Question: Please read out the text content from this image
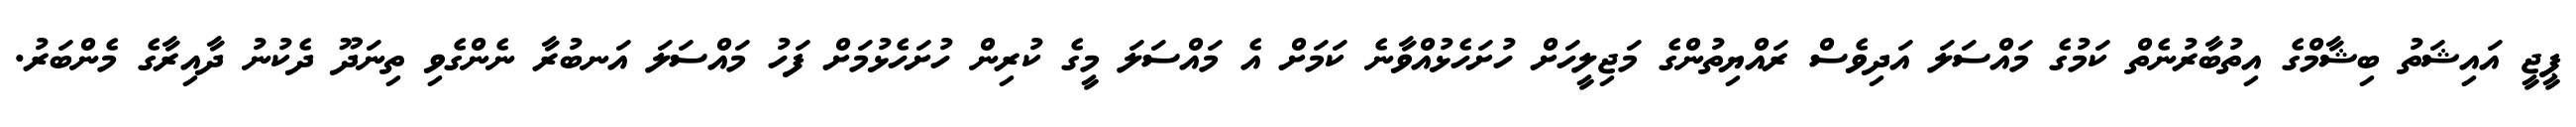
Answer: ޕީޖީ އައިޝަތު ބިޝާމްގެ އިތުބާރުނެތް ކަމުގެ މައްސަލަ އަދިވެސް ރައްޔިތުންގެ މަޖިލީހަށް ހުށަހެޅުއްވާނެ ކަމަށް އެ މައްސަލަ މީގެ ކުރިން ހުށަހެޅުމަށް ފަހު މައްސަލަ އަނބުރާ ނެންގެވި ތިނަދޫ ދެކުނު ދާއިރާގެ މެންބަރު.